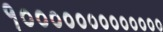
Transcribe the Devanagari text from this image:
१०००००००००००००